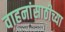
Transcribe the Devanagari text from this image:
वाहनांसाठीच्या